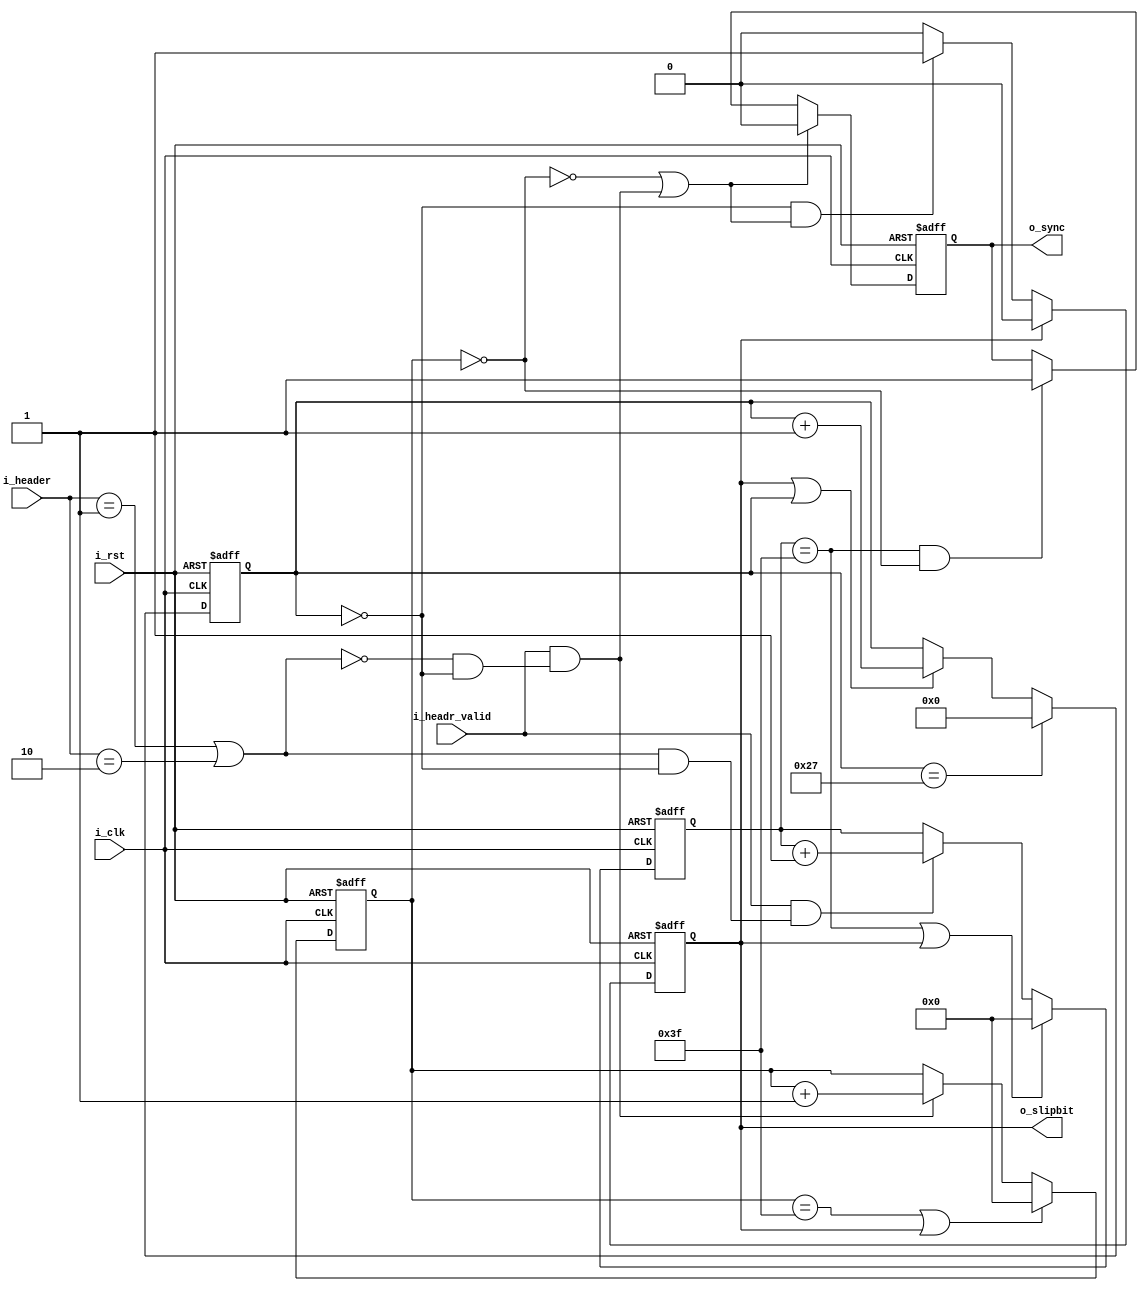
`timescale 1ns / 1ps
//////////////////////////////////////////////////////////////////////////////////
// Company: 
// Engineer: 
// 
// Design Name: 
// Module Name: PHY_rx_bitsync
// Project Name: 
// Target Devices: 
// Tool Versions: 
// Description: 
// 
// Dependencies: 
// 
// Revision:
// Revision 0.01 - File Created
// Additional Comments:
// 
//////////////////////////////////////////////////////////////////////////////////


module PHY_rx_bitsync#(
    parameter       P_HEARER_VALID_NUMNER = 64  ,
    parameter       P_SLIPBIT_GAP         = 40  
)(
    input           i_clk                       ,
    input           i_rst                       ,
    input  [1:0]    i_header                    ,
    input           i_headr_valid               ,
    output          o_slipbit                   ,
    output          o_sync                  
);

reg                 ro_slipbit                  ;
reg                 ro_sync                     ;
reg  [15:0]         r_header_valid_cnt          ;
reg  [15:0]         r_header_invalid_cnt        ;
reg  [7 :0]         r_slipbit_gap_cnt           ;

wire                w_header_valid              ;
wire                w_header_invalid            ;
wire                w_valid_cnt_max             ;
wire                w_invalid_cnt_max           ;
wire                w_invalid_cnt_zero          ;

assign o_slipbit            = ro_slipbit                  ;
assign o_sync               = ro_sync                     ;
assign w_header_valid       = i_headr_valid && (i_header==2'b01 || i_header == 2'b10) & !r_slipbit_gap_cnt;
assign w_valid_cnt_max      = r_header_valid_cnt == P_HEARER_VALID_NUMNER - 1;
assign w_header_invalid     = i_headr_valid && !(i_header==2'b01 || i_header == 2'b10) & !r_slipbit_gap_cnt;
assign w_invalid_cnt_max    = r_header_invalid_cnt == P_HEARER_VALID_NUMNER - 1;
assign w_invalid_cnt_zero   = r_header_invalid_cnt == 0;

always@(posedge i_clk,posedge i_rst)
begin
    if(i_rst)
        r_header_valid_cnt <= 'd0;
    else if(w_valid_cnt_max || ro_slipbit)
        r_header_valid_cnt <= 'd0;
    else if(w_header_valid)
        r_header_valid_cnt <= r_header_valid_cnt + 1;
    else   
        r_header_valid_cnt <= r_header_valid_cnt;
end

always@(posedge i_clk,posedge i_rst)
begin
    if(i_rst)
        r_header_invalid_cnt <= 'd0;
    else if(w_invalid_cnt_max || ro_slipbit)
        r_header_invalid_cnt <= 'd0;
    else if(w_header_invalid)
        r_header_invalid_cnt <= r_header_invalid_cnt + 1;
    else   
        r_header_invalid_cnt <= r_header_invalid_cnt;
end

always@(posedge i_clk,posedge i_rst)
begin
    if(i_rst)
        ro_slipbit <= 'd0;
    else if(ro_slipbit)
        ro_slipbit <= 'd0;
    else if(!r_slipbit_gap_cnt && (w_header_invalid || !w_invalid_cnt_zero))       
        ro_slipbit <= 'd1;
    else 
        ro_slipbit <= 'd0;
end

always@(posedge i_clk,posedge i_rst)
begin
    if(i_rst)
        r_slipbit_gap_cnt <= 'd0;
    else if(r_slipbit_gap_cnt  == P_SLIPBIT_GAP - 1)       
        r_slipbit_gap_cnt <= 'd0;
    else if(ro_slipbit || r_slipbit_gap_cnt)
        r_slipbit_gap_cnt <= r_slipbit_gap_cnt + 1;
    else 
        r_slipbit_gap_cnt <= r_slipbit_gap_cnt;
end

always@(posedge i_clk,posedge i_rst)
begin
    if(i_rst)
        ro_sync <= 'd0;
    else if(!w_invalid_cnt_zero || w_header_invalid)
        ro_sync <= 'd0;
    else if(w_valid_cnt_max && w_invalid_cnt_zero)       
        ro_sync <= 'd1;
    else 
        ro_sync <= ro_sync;
end

endmodule